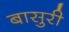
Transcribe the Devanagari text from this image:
बासुरी